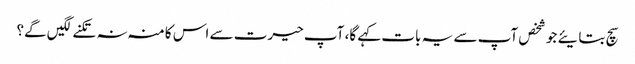
سچ بتایئے جو شخص آپ سے یہ بات کہے گا، آپ حیرت سے اس کا منہ نہ تکنے لگیں گے؟